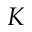
K